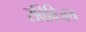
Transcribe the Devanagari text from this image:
रविविजय